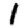
Digit: 1